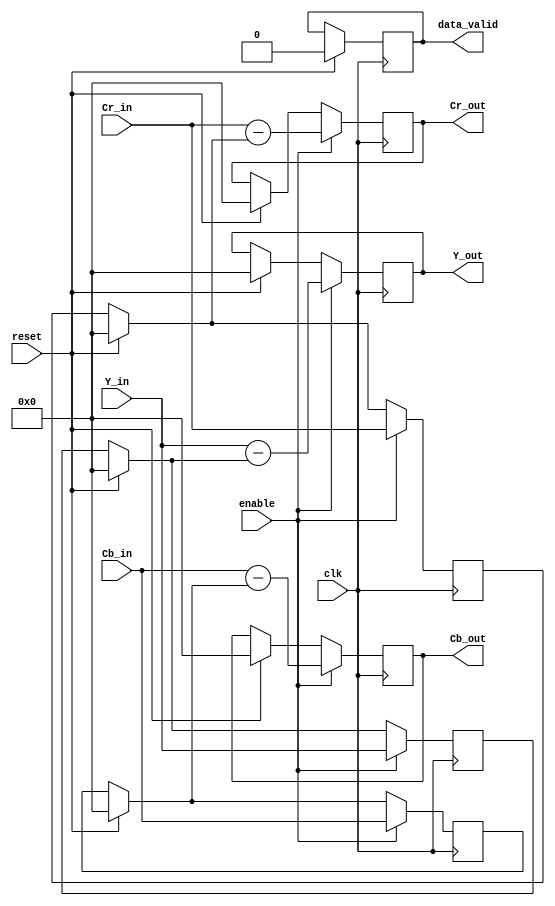
`timescale 1ns / 1ps
//////////////////////////////////////////////////////////////////////////////////
// Company: 
// Engineer: 
// 
// Design Name: 
// Module Name:    DPCM 
// Project Name: 
// Target Devices: 
// Tool versions: 
// Description: 
//
// Dependencies: 
//
// Revision: 
// Revision 0.01 - File Created
// Additional Comments: 
//
//////////////////////////////////////////////////////////////////////////////////
module DPCM(enable, Y_in , Cr_in , Cb_in , Y_out , Cr_out , Cb_out , data_valid , clk , reset);

	input [9:0] Y_in , Cr_in , Cb_in;
	input enable , clk , reset;
	
	output reg [9:0] Y_out , Cr_out , Cb_out;
	output reg data_valid;
	
	reg [9:0] pre_Y , pre_Cr , pre_Cb;
//**************************************************************************************************************
	
	always@(posedge clk)
	begin
		if(reset)
		begin
			pre_Y=0;
			pre_Cr=0;
			pre_Cb=0;
			Y_out=0;
			Cr_out=0;
			Cb_out=0;
			data_valid=0;
			
		end
		
		if(enable)
		begin
			Y_out=Y_in-pre_Y;		//performing the DC subtracting 
			Cr_out=Cr_in-pre_Cr;
			Cb_out=Cb_in-pre_Cb;
			
			pre_Y=Y_in;		//set the previous value of Y to the current value for the naxt calculation
			pre_Cr=Cr_in;
			pre_Cb=Cb_in;
			
		end
		
	end

//**************************************************************************************************************
endmodule